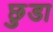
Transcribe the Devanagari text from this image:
छ़ुडा